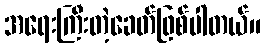
အရေးကြီးတဲ့ခေတ်ဖြစ်ပါတယ်။